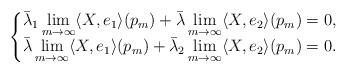
LaTeX: \begin{align*}\begin{cases}\begin{aligned}&\bar \lambda_1\lim_{m\rightarrow\infty} \langle X,e_1\rangle(p_m)+\bar \lambda \lim_{m\rightarrow\infty} \langle X,e_2 \rangle(p_m)=0,\\&\bar \lambda\lim_{m\rightarrow\infty} \langle X,e_1\rangle(p_m)+\bar \lambda_2 \lim_{m\rightarrow\infty} \langle X,e_2 \rangle(p_m)=0.\end{aligned}\end{cases}\end{align*}